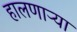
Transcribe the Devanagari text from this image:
हालणाऱ्या